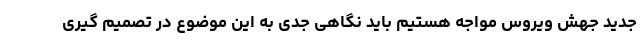
جدید جهش ویروس مواجه هستیم باید نگاهی جدی به این موضوع در تصمیم گیری